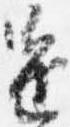
還